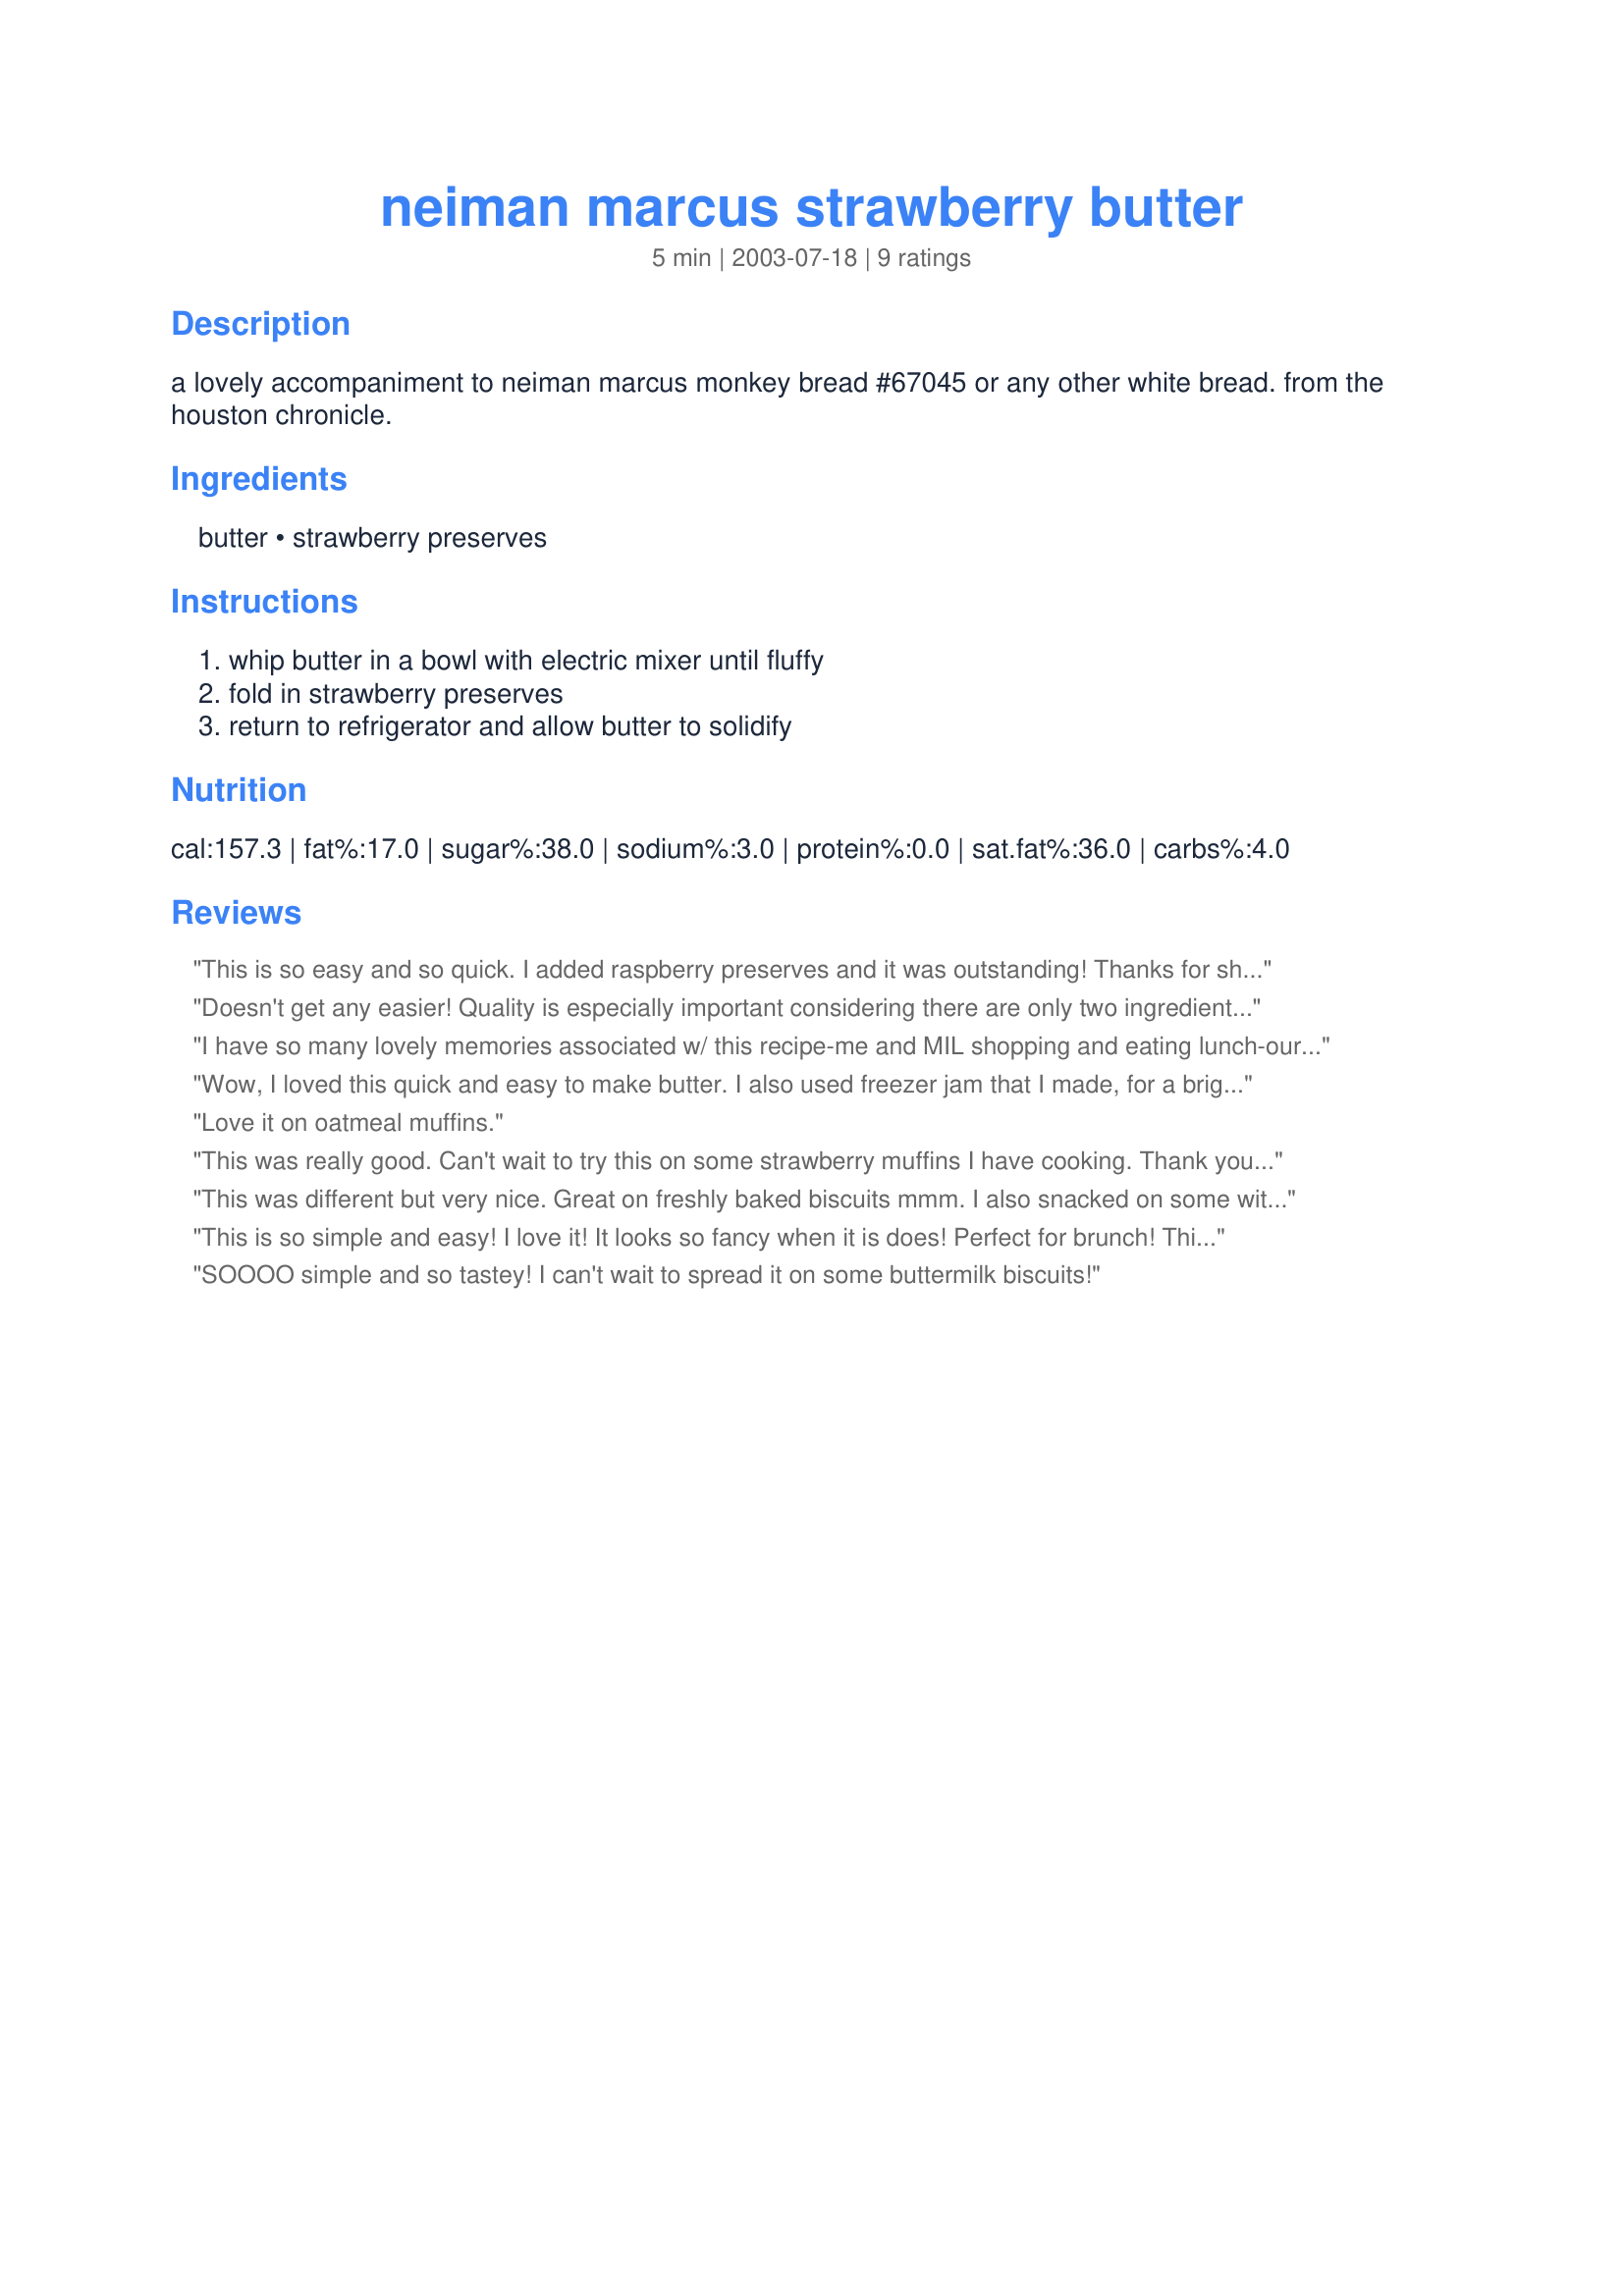
neiman marcus strawberry butter
Preparation time: 5 minutes

a lovely accompaniment to neiman marcus monkey bread #67045 or any other white bread. from the houston chronicle.

Ingredients:
butter, strawberry preserves

Steps:
whip butter in a bowl with electric mixer until fluffy, fold in strawberry preserves, return to refrigerator and allow butter to solidify

Reviews:
This is so easy and so quick. I added raspberry preserves and it was outstanding! Thanks for sharing your delicious recipe Molly53!
Doesn't get any easier! Quality is especially important considering there are only two ingredients. I used strawberry freezer jam my sister made, rather than preserves, and mine tasted especially lovely and bright. So nice spread on fresh home-baked bread. Thanks!
I have so many lovely memories associated w/ this recipe-me and MIL shopping and eating lunch-our special time together. This butter was her favorite and of course, I made some Monkey Bread, too! So easy and DELICIOUS! Thank you, Molly, for a sharing a great recipe that means so much! Made for the Think Pink Tag Game In Honor of Breast Cancer Awareness, October 2008.
Wow, I loved this quick and easy to make butter. I also used freezer jam that I made, for a bright, fresh, raw strawberry flavor. This was soooo good. I served it ontop of pancakes for an out of this world treat. I also served it with toasted montreal sesame bagels, crumpets and english muffins...it was incredible on each item. Thank you so much for sharing this winner Molly. Made for Think Pink /09 :)
Love it on oatmeal muffins.
This was really good. Can't wait to try this on some strawberry muffins I have cooking. Thank you for sharing.
This was different but very nice. Great on freshly baked biscuits mmm. I also snacked on some with graham crackers. I am only giving this four stars because even though I whipped my butter, after adding the preserves the butter seems to "clump" up a bit. I really thought it would be smooth in consistency. But as far as taste, this is awesome. The quality of preserves used will surely make a difference. Thanks for posting! Made for Cookbook Tag.
This is so simple and easy! I love it! It looks so fancy when it is does! Perfect for brunch! This is was wonderful on a toasted English muffin! Thanks for posting! Made for THINK PINK event October 2009!
SOOOO simple and so tastey! I can't wait to spread it on some buttermilk biscuits!
